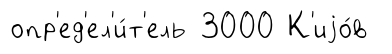
опр'ед'ел'и́т'ель 3000 К'иjо́в